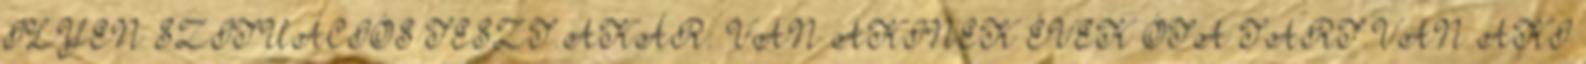
ILYEN SZITUÁCIÓS TESZT.AKÁR. VAN AKINEK ÉVEK ÓTA TART.VAN AKI